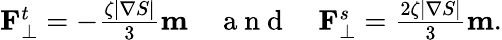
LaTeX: \begin{array}{r}{\mathbf{F}_{\perp}^{t}=-\frac{\zeta\vert\nabla S\vert}{3}\mathbf{m}\quad\mathrm{~a~n~d~}\quad\mathbf{F}_{\perp}^{s}=\frac{2\zeta\vert\nabla S\vert}{3}\mathbf{m}.}\end{array}